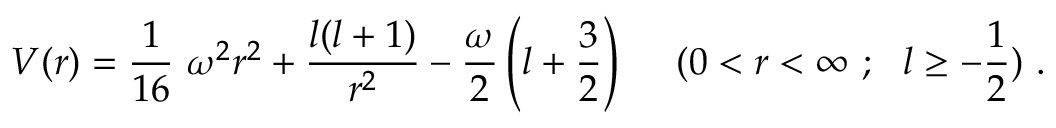
V ( r ) = \frac { 1 } { 1 6 } ~ \omega ^ { 2 } r ^ { 2 } + \frac { l ( l + 1 ) } { r ^ { 2 } } - \frac { \omega } { 2 } \left( l + \frac { 3 } { 2 } \right) ~ ~ ~ ~ ( 0 < r < \infty ~ ; ~ ~ l \ge - \frac { 1 } { 2 } ) ~ .